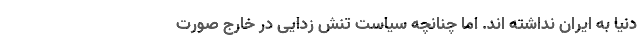
دنیا به ایران نداشته اند. اما چنانچه سیاست تنش زدایی در خارج صورت